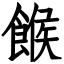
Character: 餱